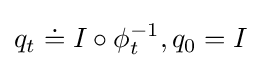
q_{t}\doteq I\circ \phi _{t}^{-1},q_{0}=I